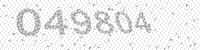
Solution: 049804